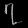
Digit: ၇